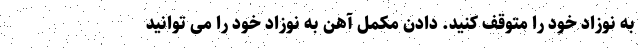
به نوزاد خود را متوقف کنید. دادن مکمل آهن به نوزاد خود را می توانید